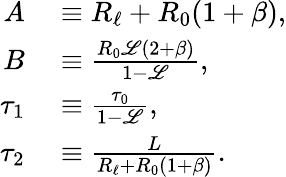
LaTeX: \begin{array}{rl}{A}&{{}\equiv R_{\ell}+R_{0}(1+\beta),}\\ {B}&{{}\equiv\frac{R_{0}\mathscr{L}(2+\beta)}{1-\mathscr{L}},}\\ {\tau_{1}}&{{}\equiv\frac{\tau_{0}}{1-\mathscr{L}},}\\ {\tau_{2}}&{{}\equiv\frac{L}{R_{\ell}+R_{0}(1+\beta)}.}\end{array}